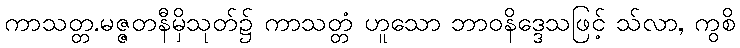
ကာသတ္တ.မဇ္ဇတနီမှိသုတ်၌ ကာသတ္တံ ဟူသော ဘာဝနိဒ္ဒေသဖြင့် သ်လာ, ကွစိ